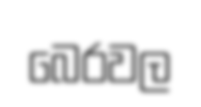
බෙරවල